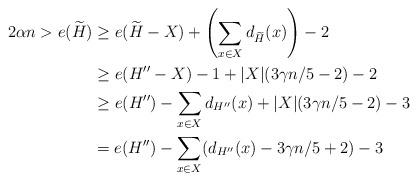
LaTeX: \begin{align*}2\alpha n > e(\widetilde{H}) & \ge e(\widetilde{H}-X)+ \left( \sum_{x \in X} d_{\widetilde{H}}(x) \right) -2 \\& \ge e(H''-X)-1 +|X|(3 \gamma n/ 5 -2)-2 \\& \ge e(H'')-\sum_{x \in X} d_{H''}(x)+|X|(3 \gamma n/ 5 -2)-3 \\& =e(H'')-\sum_{x \in X} (d_{H''}(x)-3 \gamma n/ 5 +2)-3\end{align*}